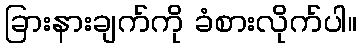
ခြားနားချက်ကို ခံစားလိုက်ပါ။